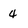
Character: 4